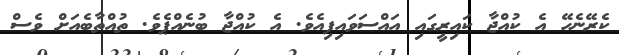
ކެރޭނެހޭ އެ ކުއްޖާ ކައިރީގައި އައްސަވައިފިއެވެ. އެ ކުއްޖާ ބުނެއްޕެވެ. ތުއްތާބެއަށް ވެސް